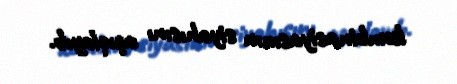
kombinasiyasının siyahısını açıqlayıb.